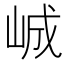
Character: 峸